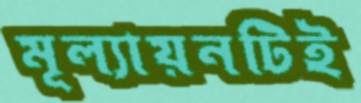
মূল্যায়নটিই